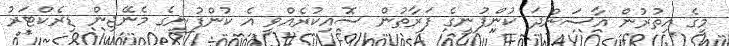
މީގެ އިތުރުން އާސަންދަ ކުންފުނީގެ ފަރާތުން ސޮއިކުރެއްވީ އެ ކުންފުނީގެ މެނޭޖިން ޑިރެކްޓަރު